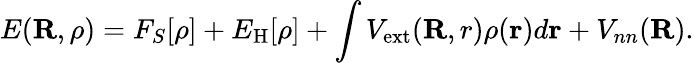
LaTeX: E({\mathbf R},\rho)=F_{S}[\rho]+E_{\mathrm{H}}[\rho]+\int V_{\mathrm{ext}}({\mathbf R,r})\rho({\mathbf r})d{\mathbf r}+V_{nn}({\mathbf R}).